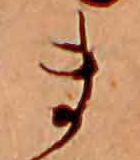
ま